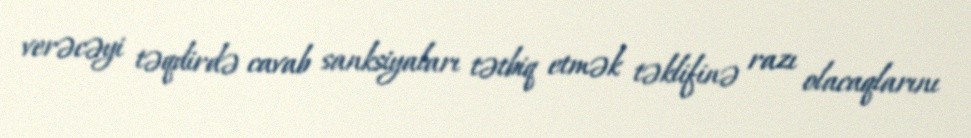
verəcəyi təqdirdə cavab sanksiyaları tətbiq etmək təklifinə razı olacaqlarını